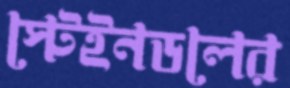
স্টেইনডলের